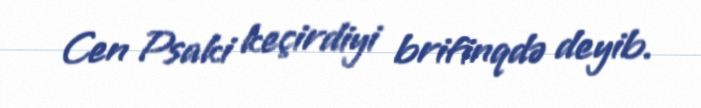
Cen Psaki keçirdiyi brifinqdə deyib.